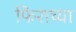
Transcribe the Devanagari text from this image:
फिराच्या